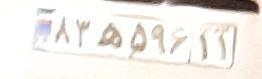
۸۳ه۵۹۶۱۱